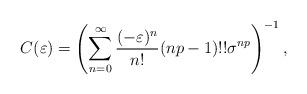
LaTeX: \begin{align*}C(\varepsilon)=\left(\sum_{n=0}^{\infty} \frac{(-\varepsilon)^{n}}{n!} (np-1)!! \sigma^{np}\right)^{-1}, \end{align*}